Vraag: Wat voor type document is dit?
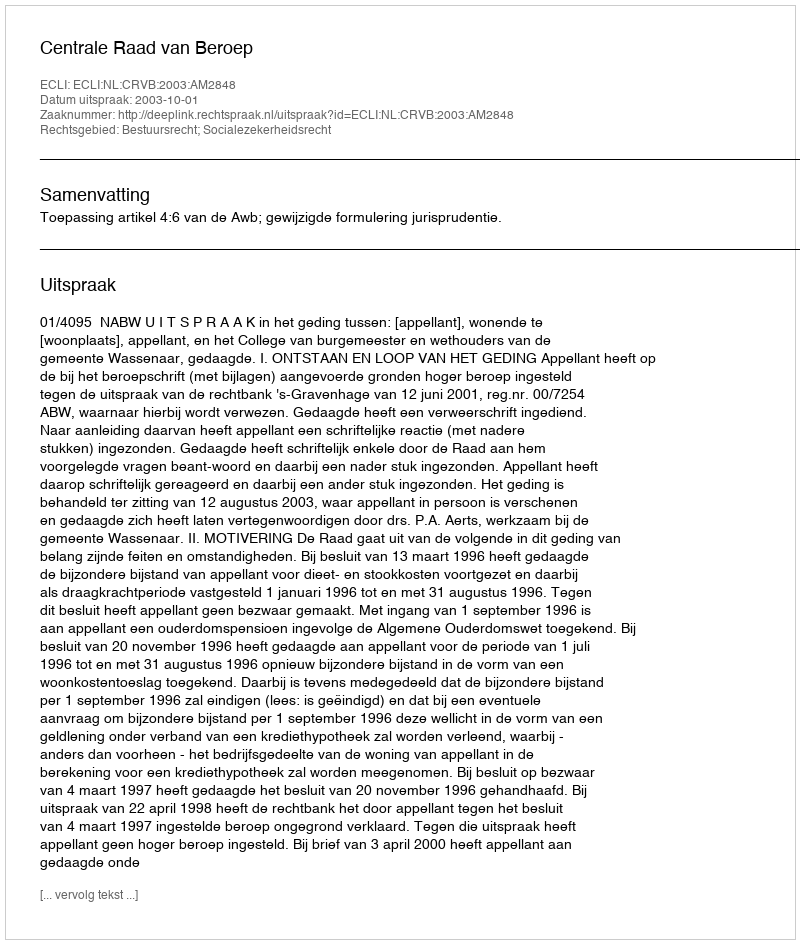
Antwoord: Uitspraak